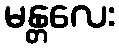
မန္တလေး